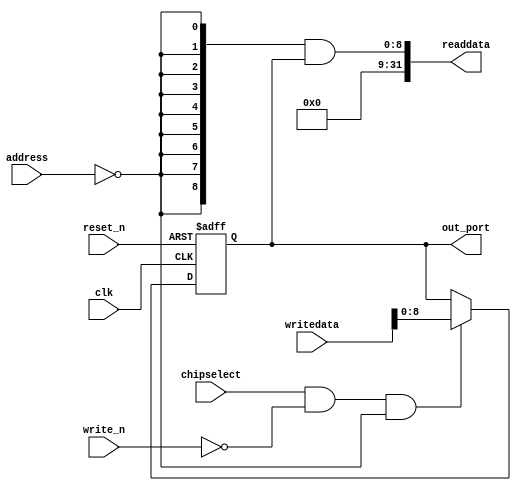
module DE2_115_Qsys_led_green (
                                // inputs:
                                 address,
                                 chipselect,
                                 clk,
                                 reset_n,
                                 write_n,
                                 writedata,

                                // outputs:
                                 out_port,
                                 readdata
                              )
;

  output  [  8: 0] out_port;
  output  [ 31: 0] readdata;
  input   [  1: 0] address;
  input            chipselect;
  input            clk;
  input            reset_n;
  input            write_n;
  input   [ 31: 0] writedata;

  wire             clk_en;
  reg     [  8: 0] data_out;
  wire    [  8: 0] out_port;
  wire    [  8: 0] read_mux_out;
  wire    [ 31: 0] readdata;
  assign clk_en = 1;
  //s1, which is an e_avalon_slave
  assign read_mux_out = {9 {(address == 0)}} & data_out;
  always @(posedge clk or negedge reset_n)
    begin
      if (reset_n == 0)
          data_out <= 0;
      else if (chipselect && ~write_n && (address == 0))
          data_out <= writedata[8 : 0];
    end


  assign readdata = {{{32- 9}{1'b0}},read_mux_out};
  assign out_port = data_out;

endmodule